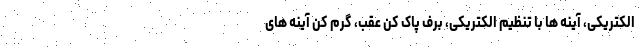
الکتریکی، آینه ها با تنظیم الکتریکی، برف پاک کن عقب، گرم کن آینه های